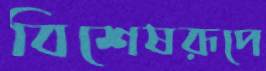
বিশেষরূপে